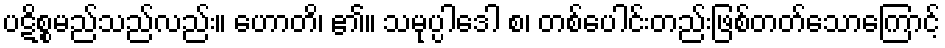
ပဋိစ္စမည်သည်လည်း။ ဟောတိ၊ ၏။ သမုပ္ပါဒေါ စ၊ တစ်ပေါင်းတည်းဖြစ်တတ်သောကြောင့်